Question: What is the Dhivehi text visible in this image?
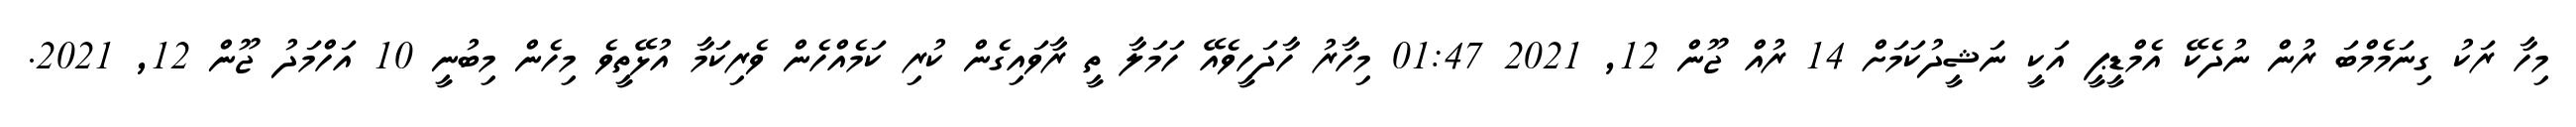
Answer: މިހާ ރަކު ގިނަމެމްބަ ރުން ނުދެކޭ އެމްޑީޕީ އަކީ ނަޝީދުކަމަށް 14 ރުއް ޖޫން 12, 2021 01:47 މިހާރު ހާދަހީވެއޭ ހަމަލާ ތީ ރާވައިގެން ކުރި ކަމެއްހެން ވެރިކަމާ އުޅޭތީވެ މިހެން މިބުނީ 10 އަހްމަދު ޖޫން 12, 2021.